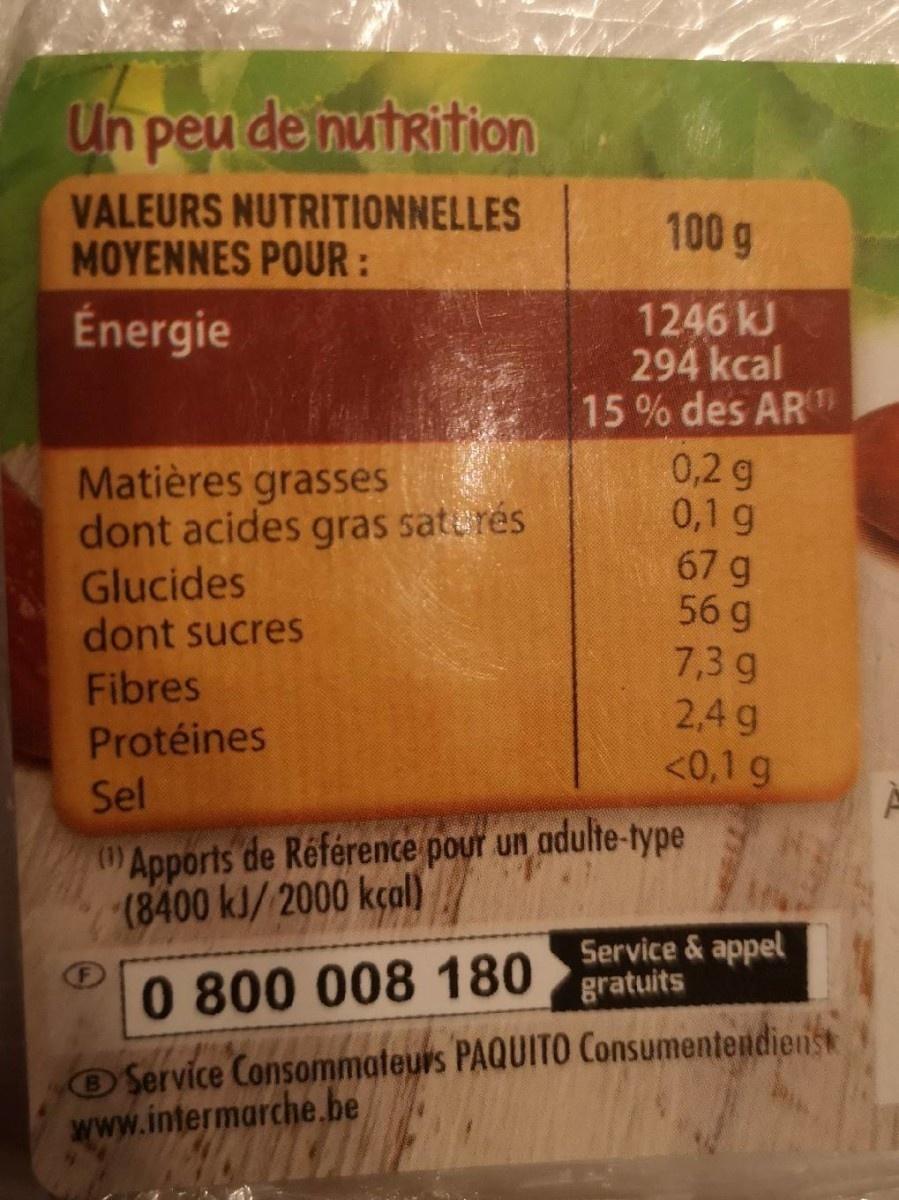
Un peu de nutrition
VALEURS NUTRITIONNELLES ΜΟΥEΝNES POUR :
100 g
1246 kJ 294 kcal 15% des ART 0,2 g 0,1 g 67 g 56 g
Énergie
Matières grasses dont acides gras saterés Glucides dont sucres Fibres
7,3 g 2,4 g <0,1 g
Protéines
Sel
Apports de Référence pour un adulte-type (8400 kJ/2000 kçal)
0 800 008 180 Service & appel gratuits
OService Consommateurs PAQUITO Consumentendienst www.intermarche.be